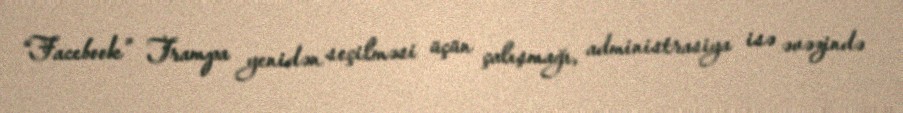
“Facebook” Trampa yenidən seçilməsi üçün çalışmağı, administrasiya isə əvəzində